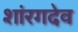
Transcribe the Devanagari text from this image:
शांरगदेव